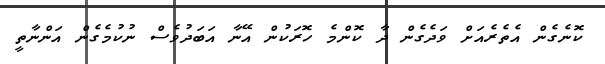
ކޮނެގެން އެތެރެއަށް ވަދެގެން ދާ ކޮންމެ ހޮރަކުން އޭނާ އަބަދުވެސް ނުކުމެގެން އަންނާތީ